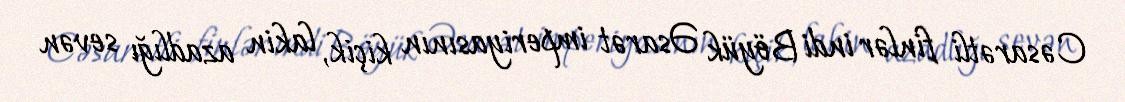
Cəsarətli finlər indi Böyük Əsarət imperiyasının kiçik, lakin azadlığı sevən